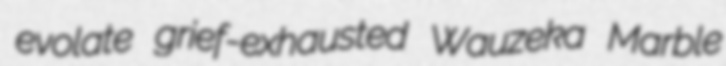
evolate grief-exhausted Wauzeka Marble